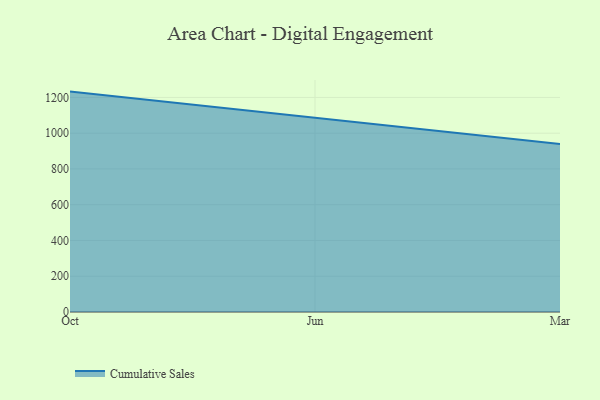
{"axis": {"x": "Month", "y": "Humidity (%)"}, "legend": ["Cumulative Sales"], "data": [{"x": "Oct", "y": 1232.6, "type": "Cumulative Sales"}, {"x": "Jun", "y": 1086.7, "type": "Cumulative Sales"}, {"x": "Mar", "y": 940.0, "type": "Cumulative Sales"}]}